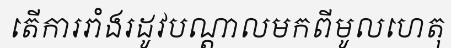
តើការរាំងរដូវបណ្តាលមកពីមូលហេតុ